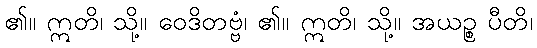
၏။ ဣတိ၊ သို့။ ဝေဒိတဗ္ဗံ၊ ၏။ ဣတိ၊ သို့။ အယဉ္စ ပီတိ၊